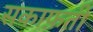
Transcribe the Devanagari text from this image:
सकाफ़ती